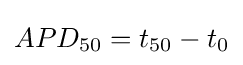
APD_{50}=t_{50}-t_{0}